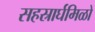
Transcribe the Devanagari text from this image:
सहस्रार्घमिळो